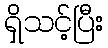
ရှိသင့်ပြီး